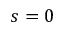
s = 0